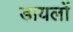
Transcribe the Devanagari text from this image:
डायलों